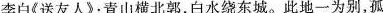
李白《送友人》：青山横北郭，白水绕东城。此地一为别，孤